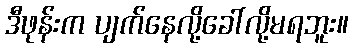
ဒီဖုန်းက ပျက်နေလို့ခေါ်လို့မရဘူး။